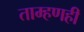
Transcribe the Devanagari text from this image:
ताम्हणही